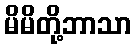
မိမိတို့ဘာသာ